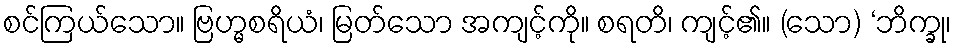
စင်ကြယ်သော။ ဗြဟ္မစရိယံ၊ မြတ်သော အကျင့်ကို။ စရတိ၊ ကျင့်၏။ (သော) ‘ဘိက္ခု၊